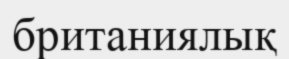
британиялық